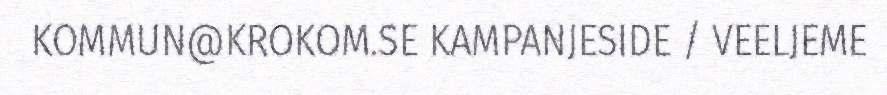
KOMMUN@KROKOM.SE KAMPANJESIDE / VEELJEME